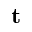
\mathbf { t }